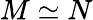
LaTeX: M\simeq N